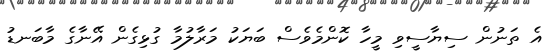
އެ ތަނުން ސިޔާސީވި މީހާ ކޮންމެވެސް ބަޔަކު މަރާލުމާ ގުޅިގެން އޭނާގެ މާބަނޑު